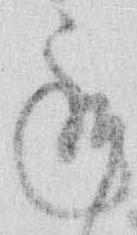
承